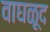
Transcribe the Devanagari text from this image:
वाघळूद